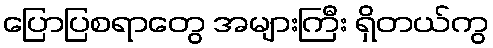
ပြောပြစရာတွေ အများကြီး ရှိတယ်ကွ